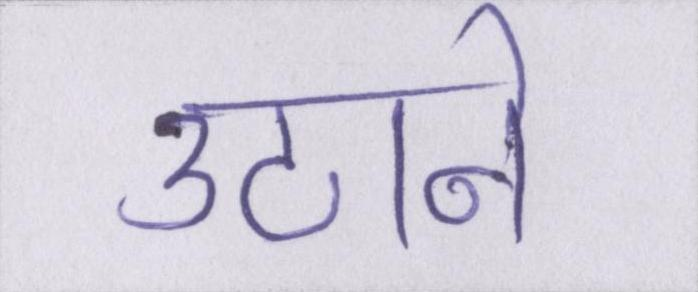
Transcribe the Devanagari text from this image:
उठाने